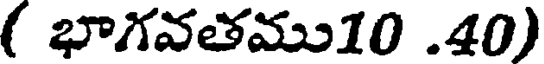
( భాగవతము10 .40)